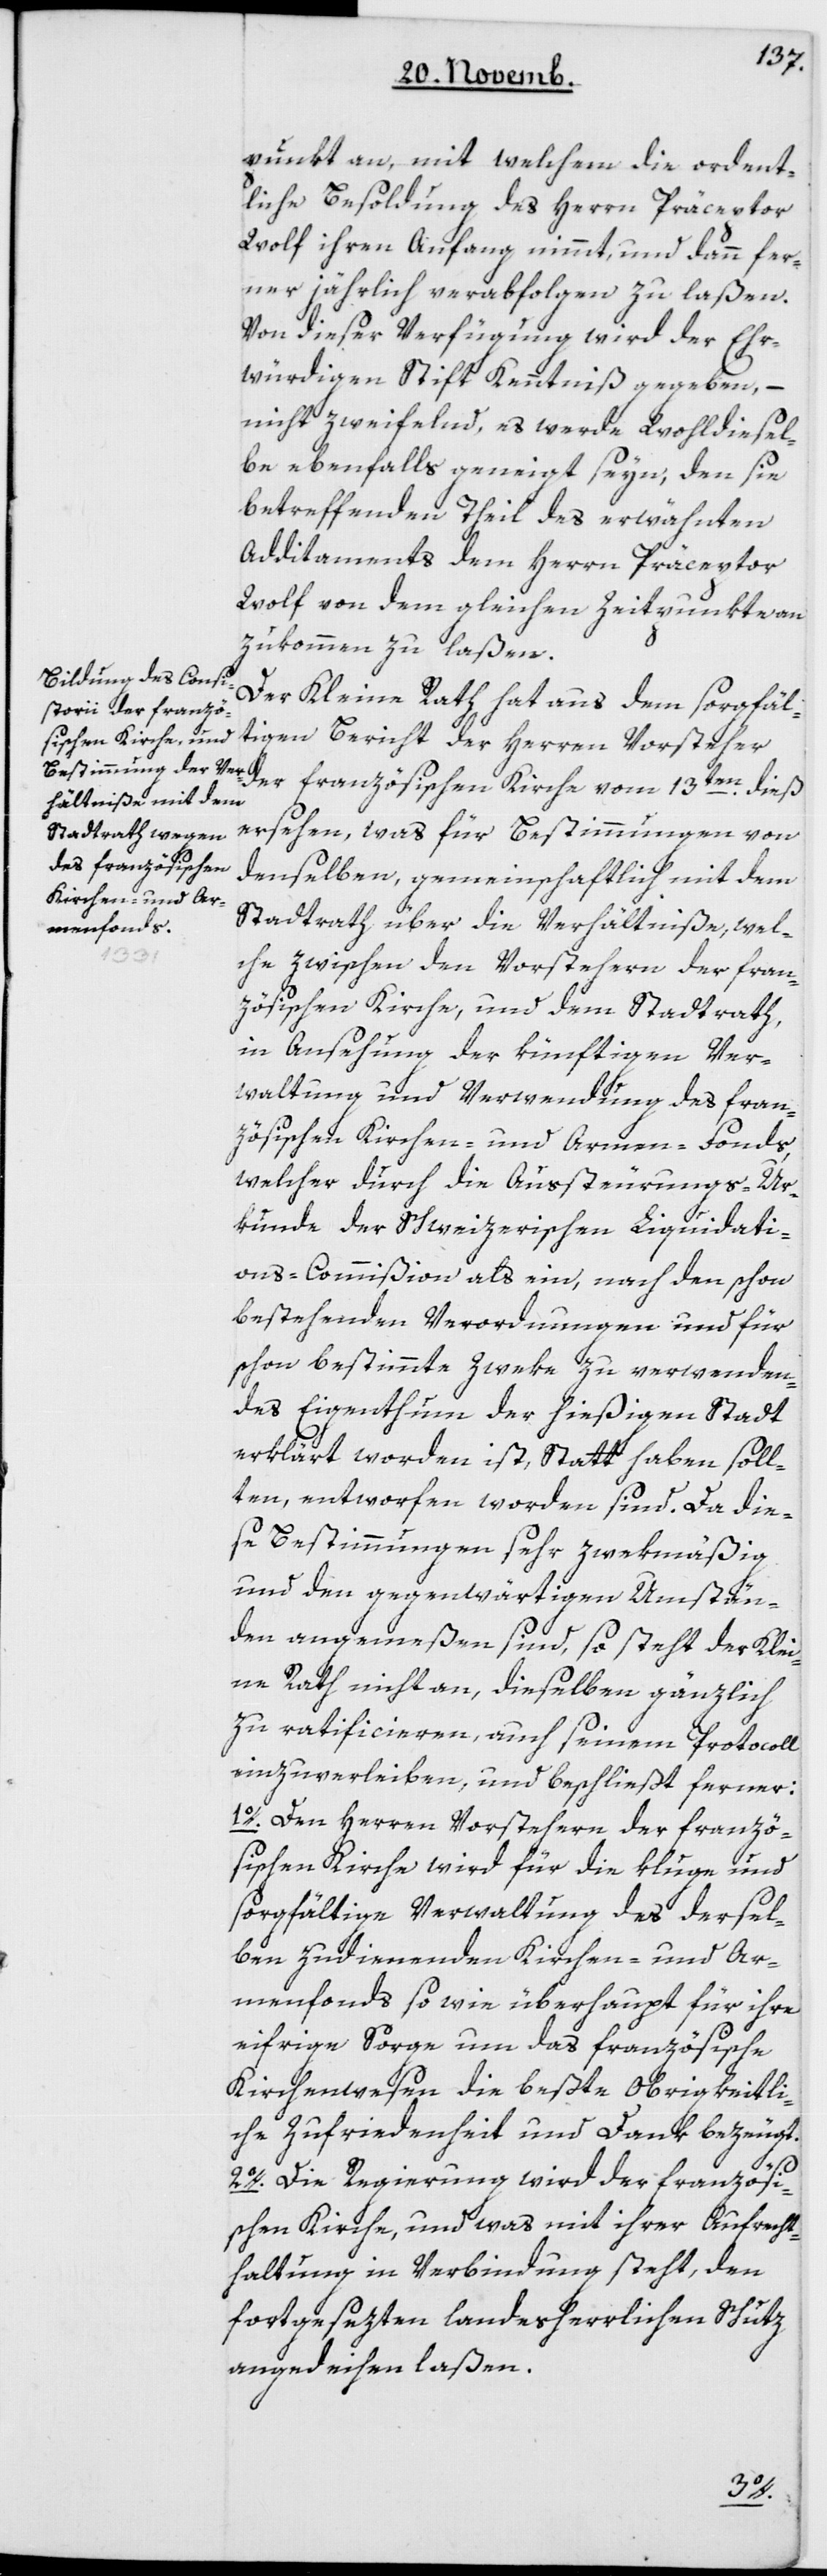
punkt an, mit welchem die ordent¬
liche Besoldung des Herrn Præceptor
Wolf ihren Anfang nimmt, und dann fer¬
ner jährlich verabfolgen zu laßen.
Von dieser Verfügung wird der Ehr¬
würdigen Stift Kenntniß gegeben, –
nicht zweifelnd, es werde wohl diesel¬
be ebenfalls geneigt seyn, den sie
betreffenden Theil des erwähnten
Additaments dem Herrn Præceptor
Wolf von dem gleichen Zeitpunkte an
zukommen laßen.
Der Kleine Rath hat aus dem sorgfäl¬
tigen Bericht des Herren Vorsteher
der französischen Kirche vom 13ten dieß
ersehen, was für Bestimmungen von
denselben, gemeinschaftlich mit dem
Stadtrath über die Verhältniße, wel¬
che zwischen den Vorstehern der Fran¬
zösischen Kirche und dem Stadtrat,
in Ansehung der künftigen Ver¬
waltung und Verwendung des fran¬
zösischen Kirchen- und Armen-Fonds,
welcher durch die Aussteuerungs-Ur¬
kunde der Schweizerischen Liquidati¬
ons-Commißion als ein, nach den schon
bestehenden Verordnungen und für
schon bestimmte Zweke zu verwenden¬
des Eigenthum der hießigen Stadt
erklärt worden ist, Statt haben soll¬
ten, entworfen worden sind. Da die¬
se Bestimmungen sehr zwekmäßig
und den gegenwärtigen Umstän¬
den angemeßen sind, so steht der Klei¬
ne Rath nicht an, dieselben gänzlich
zu ratificieren, auf seinem Protocoll
einzuverleiben und beschließt ferner:
1. Den Herren Vorstehern der Franzö¬
sischen Kirche wird für die kluge und
sorgfältige Verwaltung des dersel¬
ben zudienenden Kirchen- und Ar¬
menfonds sowie überhaupt für ihre
eifrige Sorge um das französische
Kirchenwesen die beste obrigkeitli¬
che Zufriedenheit und Dank bezeugt.
2. Die Regierung wird der französi¬
schen Kirche, und was mit ihrer Aufrecht¬
haltung in Verbindung steht, den
fortgesetzten landesherrlichen Schutz
angedeihen laßen.